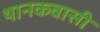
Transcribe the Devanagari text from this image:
थानकवासी